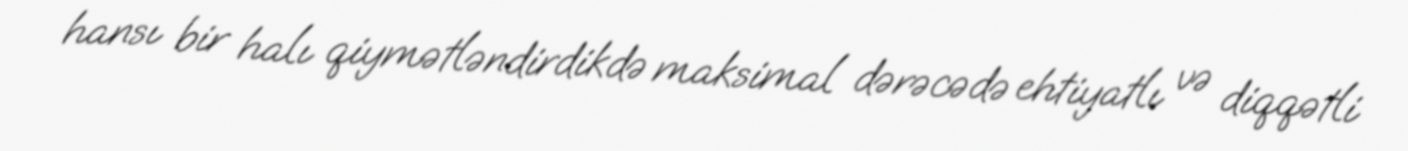
hansı bir halı qiymətləndirdikdə maksimal dərəcədə ehtiyatlı və diqqətli